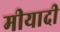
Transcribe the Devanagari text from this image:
मीयादी